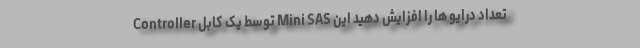
Controller توسط یک کابل Mini SAS تعداد درایو ها را افزایش دهید این